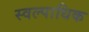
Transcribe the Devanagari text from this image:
स्वल्पाधिक